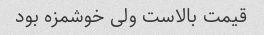
قیمت بالاست ولی خوشمزه بود